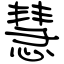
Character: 慧